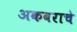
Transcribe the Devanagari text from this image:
अकबराचे